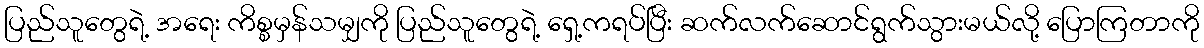
ပြည်သူတွေရဲ့ အရေး ကိစ္စမှန်သမျှကို ပြည်သူတွေရဲ့ ရှေ့ကရပ်ပြီး ဆက်လက်ဆောင်ရွက်သွားမယ်လို့ ပြောကြတာကို